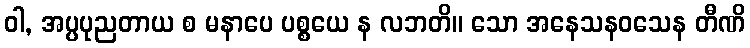
ဝါ, အပ္ပပုညတာယ စ မနာပေ ပစ္စယေ န လဘတိ။ သော အနေသနဝသေန တီဏိ